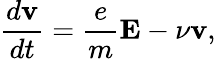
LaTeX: {\frac{d{\mathbf{v}}}{dt}}={\frac{e}{m}}\mathbf{E}-\nu\mathbf{v},